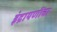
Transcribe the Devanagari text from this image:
इंद्रायणींचा